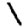
Digit: 1